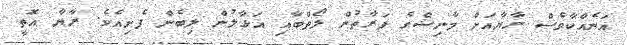
އަނެއްކާވެސް ރާޔާއަށް މާނިޝްގެ ފަރާތުން ލޯތްބާއި އަޅާލުން ލިބެން ފެށިއެވެ. ރާޔާ އޮތީ